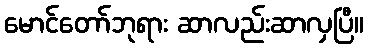
မောင်တော်ဘုရား ဆာလည်းဆာလှပြီ။